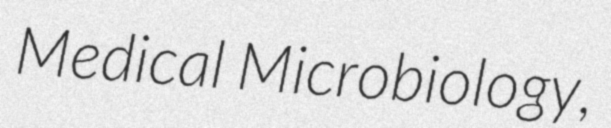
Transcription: Medical Microbiology,